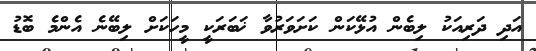
އަދި ދަރިއަކު ލިބެން އުޅޭކަން ކަށަވަރުވާ ޚަބަރަކީ މީހަކަށް ލިބޭނެ އެންމެ ބޮޑު